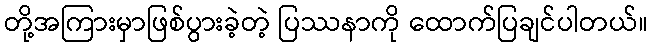
တို့အကြားမှာဖြစ်ပွားခဲ့တဲ့ ပြဿနာကို ထောက်ပြချင်ပါတယ်။